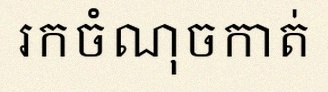
រកចំណុចកាត់